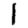
Digit: 1